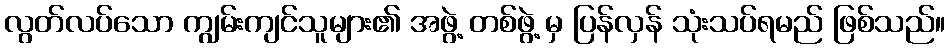
လွတ်လပ်သော ကျွမ်းကျင်သူများ၏ အဖွဲ့ တစ်ဖွဲ့ မှ ပြန်လှန် သုံးသပ်ရမည် ဖြစ်သည်။